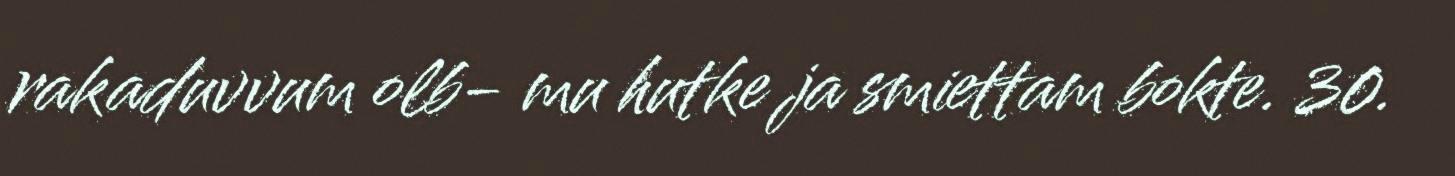
rakaduvvum olb- mu hutke ja smiettam bokte. 30.